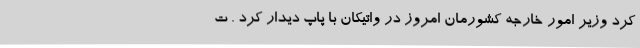
کرد وزیر امور خارجه کشورمان امروز در واتیکان با پاپ دیدار کرد . ت